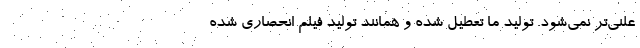
علنی‌تر نمی‌شود. تولید ما تعطیل شده و همانند تولید فیلم انحصاری شده